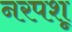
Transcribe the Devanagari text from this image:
नरपशू